Civil Veterinary Department. United Provinces 1932-42 - 1932-1942
Year: 1932
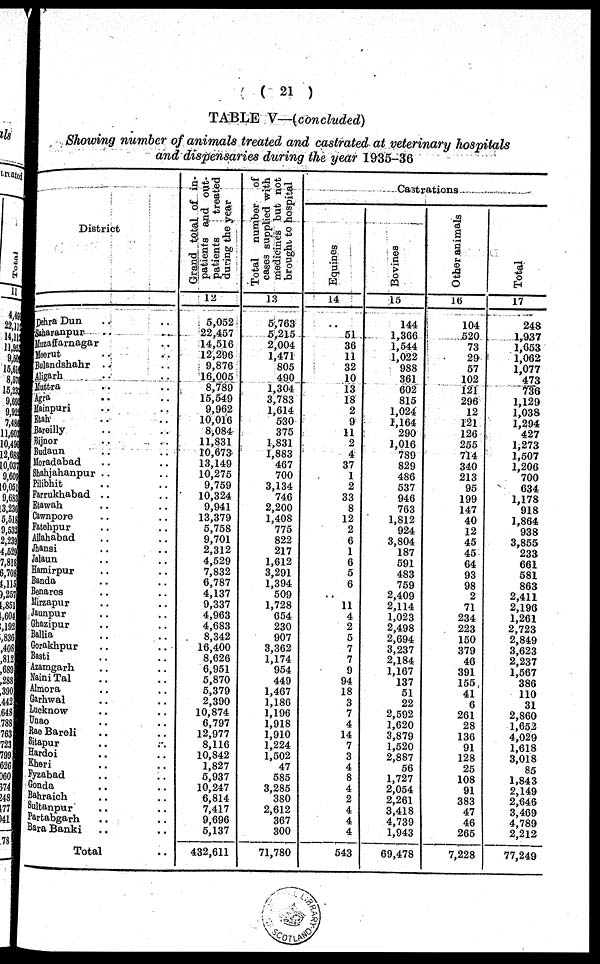
( 21 )
TABLE V—(concluded)
Showing number of animals treated and castrated at veterinary hospitals
and dispensaries during the year 1935-36
District
Dehra Dun .. ..
Saharanpur .. ..
Mazaffarnagar ..
Meerut .. ..
Bulandshahr .. ..
Ahgarh .. ..
Muttra .. ..
Agra .. ..
Mainpuri .. ..
Etah .. ..
Bareilly .. ..
Bijoor .. ..
Budaun .. ..
Moradabad .. ..
Shahjahanpur .. ..
Pilibhit .. ..
Farrukhabad .. ..
Stawah .. ..
Cawnporo .. ..
Fatehpur .. ..
Allahabad .. ..
Jhansi .. ..
Jalaun .. ..
Hamirpur .. ..
Banda .. ..
Benaros .. ..
Mirzapur .. ..
Jaunpur .. ..
Ghazipur .. ..
Ballia .. ..
Gorakhpur .. ..
Basti .. ..
Azamgarh .. ..
Naini Tal .. ..
Almora .. ..
Garhwal .. ..
Lucknow .. ..
Unao .. ..
Rae Bareli .. ..
Sitapur .. ..
Hardoi .. ..
Khari .. ..
Fyzabad .. ..
Conda .. ..
Bahraich .. ..
Sultanpur .. ..
Partabgarh .. ..
Bara Banki .. ..
Total ..
Grand total
of in-
patients and out-
patients
treated
during the year
12
5,032
22,457
14,516
12,290
9,670
16,005
8,789
15,549
9,962
10,016
8,084
11,831
10,673
13,149
10,275
9,759
10,324
9,941
13,379
5,758
9,701
2,312
4,529
7,832
6,787
4,137
9,337
4,903
4,683
8,342
10,400
8,626
6,951
5,870
5,379
2,390
10,874
6,797
12,977
8,116
10,842
1,827
5,937
10,247
6,814
7,417
9,696
5,137
432,611
Total
number of
cases supplied with
medicines but not
brought to hospital
13
5,763
5,215
2,004
1,471
805
490
1,304
3,783
1,614
530
375
1,831
1,883
467
700
3,134
746
2,200
1,408
775
822
217
1,612
3,291
1,394
509
1,728
654
230
907
3,362
1,174
954
449
1,407
1,186
1,190
1,918
1,910
1,224
1,502
47
585
3,285
380
2,612
367
300
71,780
Castrations
Equines
14
..
51
36
11
32
10
13
18
2
9
11
2
4
37
1
2
33
8
12
2
6
1
6
5
6
..
11
4
2
5
7
7
9
94
18
3
7
4
14
7
3
4
8
4
2
4
4
4
543
Bovines
15
144
1,366
1,544
1,022
988
361
602
815
1,024
1,164
290
1,016
789
829
486
537
946
763
1.812
924
3,804
187
591
483
759
2,409
2,114
1,023
2,498
2,694
3,237
2,184
1,167
137
51
22
2,592
1,020
3,879
1,520
2,887
56
1,727
2,054
2,261
3,418
4,739
1,943
69,478
Other animals
16
104
520
73
29
67
102
121
296
12
121
120
255
714
340
213
95
199
147
40
12
45
45
64
93
98
2
71
234
223
150
379
40
391
155
41
6
261
28
136
91
128
25
108
91
383
47
46
265
7,228
Total
17
248
1,937
1,653
1,062
1,077
473
736
1,129
1,038
1,294
427
1,273
1,507
1,206
700
634
1,178
918
1,864
938
3,855
233
661
581
803
2,411
2,190
1,261
2,723
2,849
3,023
2,237
1,507
386
110
31
2,800
1,052
4,029
1,618
3,018
85
1,843
2,149
2,646
3,469
4,789
2,212
77,249